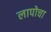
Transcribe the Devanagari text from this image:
लापोचा